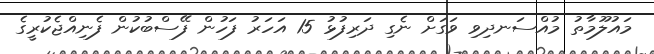
މައުލޫމާތު މުއްސަނދިވި ވަގަށް ނެގި ދަރިފުޅު 15 އަހަރު ފަހުން ފޭސްބުކުން ފެނިއްޖެކުރީގެ